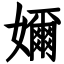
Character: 嬭